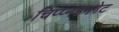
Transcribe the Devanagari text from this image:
चिप्प्नहमगेट